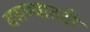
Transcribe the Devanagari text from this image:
बसण्यातठी